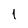
Character: 1